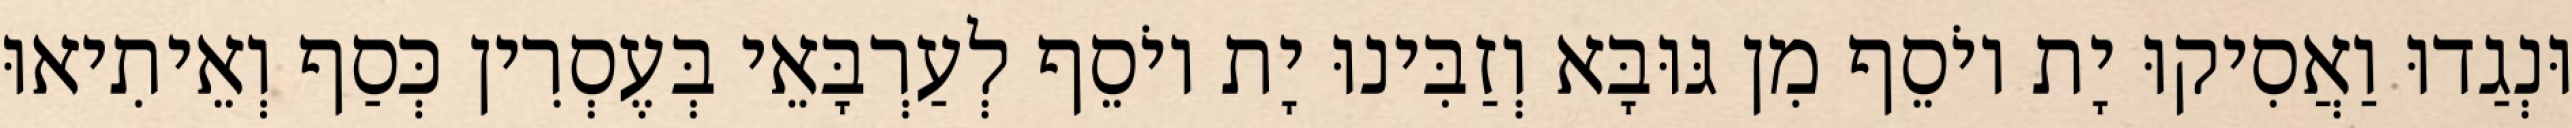
וּנְגַדוּ וַאֲסִיקוּ יָת יוֹסֵף מִן גּוּבָּא וְזַבִּינוּ יָת יוֹסֵף לְעַרְבָּאֵי בְּעֶסְרִין כְּסַף וְאֵיתִיאוּ